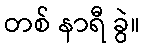
တစ် နာရီ ခွဲ။